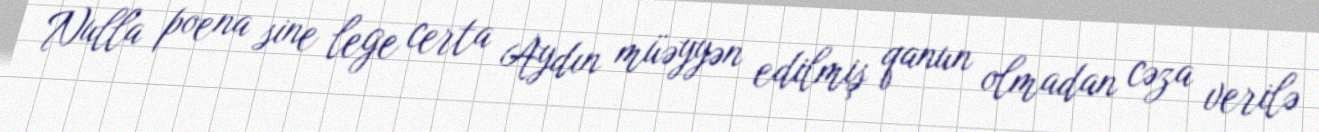
Nulla poena sine lege certa Aydın müəyyən edilmiş qanun olmadan cəza verilə